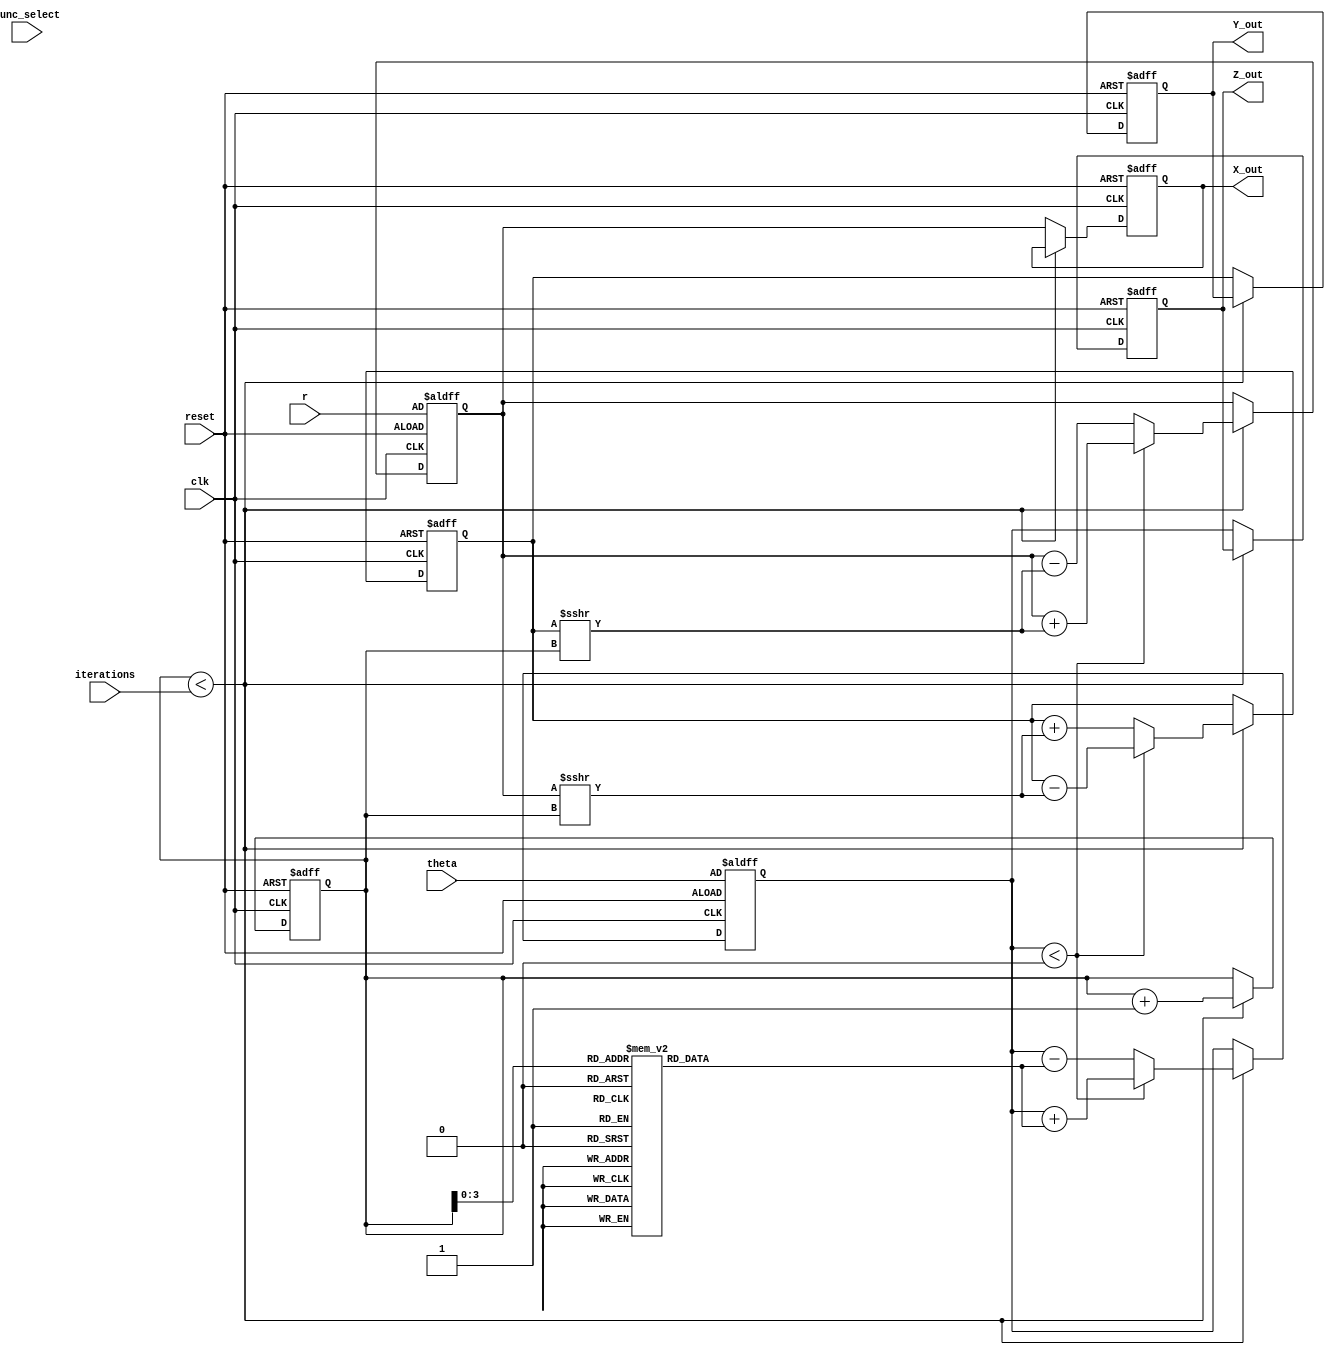
module cordic #(
    parameter WIDTH = 16,          // Fixed-point width
    parameter ITERATIONS = 16      // Number of iterations
)(
    input wire clk,
    input wire reset,
    input wire [WIDTH-1:0] theta,   // Angle input in radians
    input wire [WIDTH-1:0] r,        // Magnitude input for hyperbolic functions
    input wire [2:0] func_select,    // Function control signals
    input wire [3:0] iterations,      // Number of iterations
    output reg [WIDTH-1:0] X_out,    // X output
    output reg [WIDTH-1:0] Y_out,    // Y output
    output reg [WIDTH-1:0] Z_out      // Z output
);

    // Internal registers
    reg [WIDTH-1:0] X_reg, Y_reg, Z_reg, r_reg;
    reg [4:0] i; // Iteration counter
    reg [WIDTH-1:0] atan_table [0:ITERATIONS-1]; // Arctangent lookup table

    // CORDIC rotation parameters
    wire signed [WIDTH-1:0] di;
    assign di = (func_select == 0) ? 1 : -1; // di = 1 for rotation, -1 for vectoring

    // Initialize arctangent values (in fixed-point format)
    initial begin
        atan_table[0] = 16'h3243; // atan(2^0)
        atan_table[1] = 16'h1DAC; // atan(2^-1)
        atan_table[2] = 16'h0FAE; // atan(2^-2)
        atan_table[3] = 16'h07F5; // atan(2^-3)
        // Additional values can be added for more iterations
    end

    // CORDIC computation process
    always @(posedge clk or posedge reset) begin
        if (reset) begin
            // Reset all registers
            X_reg <= r;
            Y_reg <= 0;
            Z_reg <= theta;
            i <= 0;
            X_out <= 0;
            Y_out <= 0;
            Z_out <= 0;
        end else if (i < iterations) begin
            // CORDIC iteration
            if (Z_reg < 0) begin
                // Update for rotation
                X_reg <= X_reg + (Y_reg >>> i);
                Y_reg <= Y_reg - (X_reg >>> i);
                Z_reg <= Z_reg + atan_table[i];
            end else begin
                // Update for vectoring
                X_reg <= X_reg - (Y_reg >>> i);
                Y_reg <= Y_reg + (X_reg >>> i);
                Z_reg <= Z_reg - atan_table[i];
            end
            i <= i + 1;
        end else begin
            // Output results after iterations are complete
            X_out <= X_reg;
            Y_out <= Y_reg;
            Z_out <= Z_reg;
        end
    end

endmodule